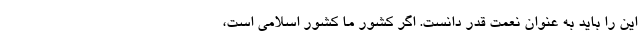
این را باید به عنوان نعمت قدر دانست. اگر کشور ما کشور اسلامی است،